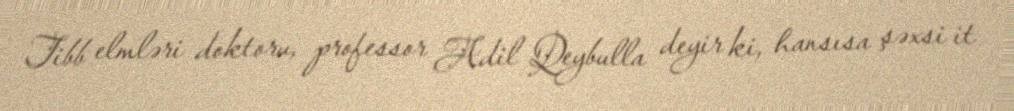
Tibb elmləri doktoru, professor Adil Qeybulla deyir ki, hansısa şəxsi it